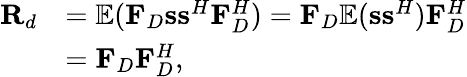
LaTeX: \begin{array}{rl}{{\mathbf{R}_{d}}}&{={\mathbb{E}}({\mathbf{F}_{D}}{\mathbf{ss}^{H}}{\mathbf{F}}_{D}^{H})={\mathbf{F}_{D}}{\mathbb{E}}({\mathbf{s}}{{\mathbf{s}}^{H}}){\mathbf{F}}_{D}^{H}}\\ &{={\mathbf{F}_{D}}{\mathbf{F}}_{D}^{H},}\end{array}